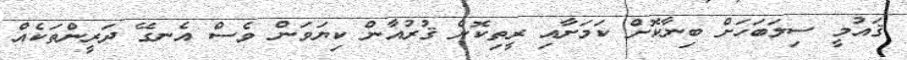
ޤައުމީ ސިލަބަހަށް ބިނާކޮށް ކަމަށާއި ރީތިކޮށް ޤުރުއާން ކިޔަވަން ވެސް އެނގޭ ދަރީންތަކެއް